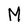
Character: M